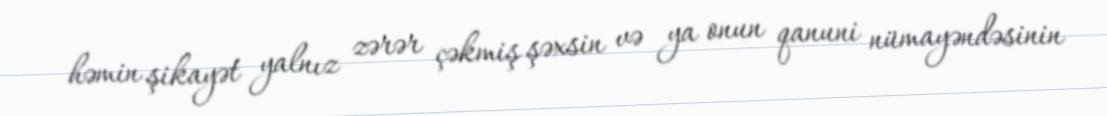
həmin şikayət yalnız zərər çəkmiş şəxsin və ya onun qanuni nümayəndəsinin